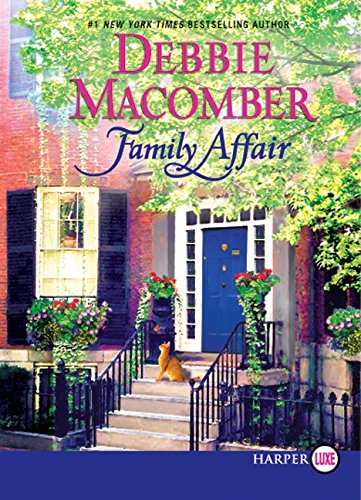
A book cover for Family Affair LP; Debbie Macomber; Literature & Fiction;